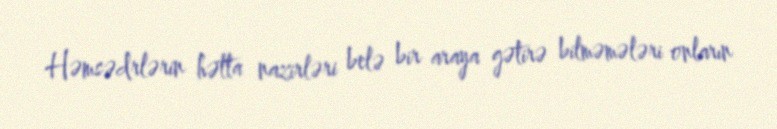
Həmsədrlərin hətta nazirləri belə bir araya gətirə bilməmələri onların